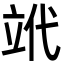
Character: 𥩦